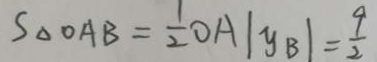
S _ { \Delta O A B } = \frac { 1 } { 2 } O A \vert y _ { B } \vert = \frac { 9 } { 2 }